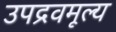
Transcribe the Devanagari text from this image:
उपद्रवमूल्य